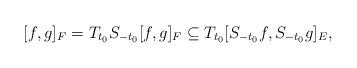
LaTeX: \begin{align*}[f,g]_F = T_{t_0}S_{-t_0}[f,g]_F \subseteq T_{t_0}[S_{-t_0}f,S_{-t_0}g]_E,\end{align*}